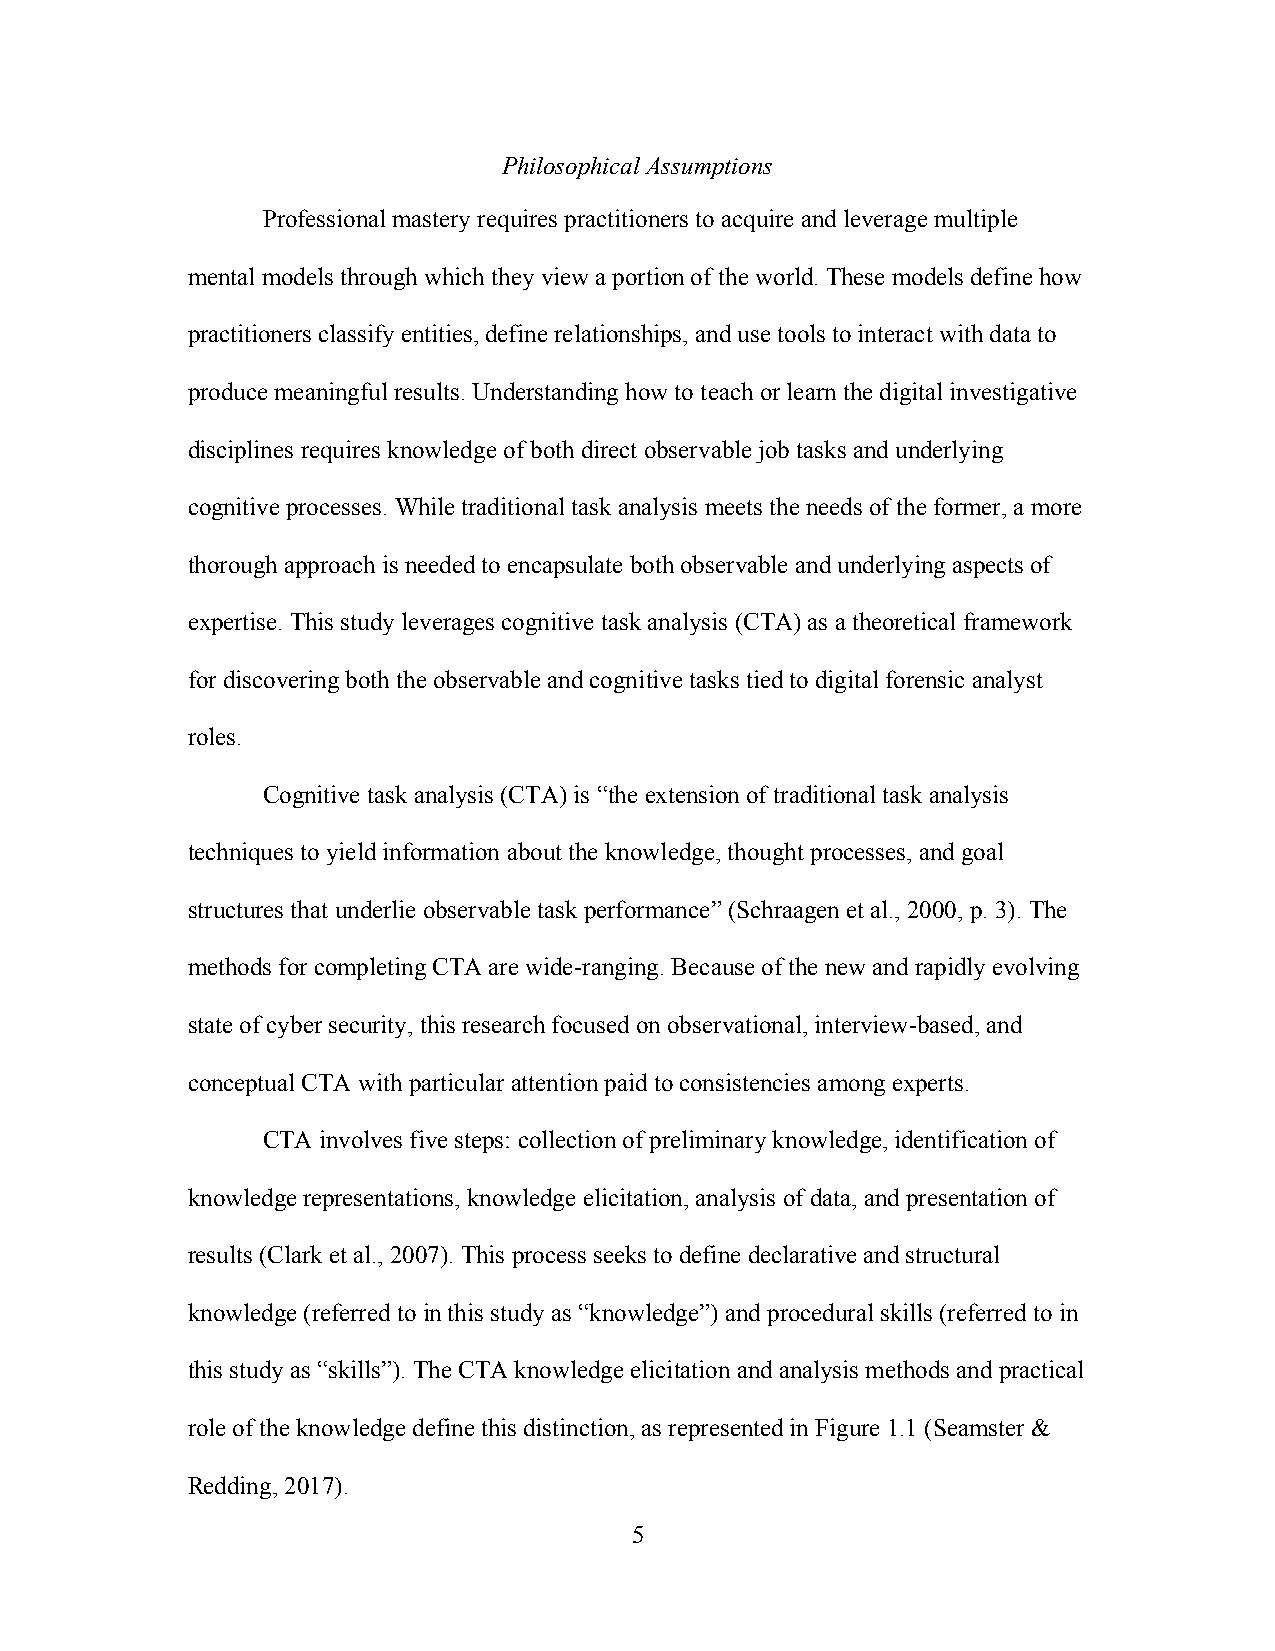
Philosophical Assumptions
 Professional mastery requires practitioners to acquire and leverage multiple
 mental models through which they view a portion of the world. These models define how
 practitioners classify entities, define relationships, and use tools to interact with data to
 produce meaningful results. Understanding how to teach or learn the digital investigative
 disciplines requires knowledge of both direct observable job tasks and underlying
 cognitive processes. While traditional task analysis meets the needs of the former, a more
 thorough approach is needed to encapsulate both observable and underlying aspects of
 expertise. This study leverages cognitive task analysis (CTA) as a theoretical framework
 for discovering both the observable and cognitive tasks tied to digital forensic analyst
 roles.
 Cognitive task analysis (CTA) is “the extension of traditional task analysis
 techniques to yield information about the knowledge, thought processes, and goal
 structures that underlie observable task performance” (Schraagen et al., 2000, p. 3). The
 methods for completing CTA are wide-ranging. Because of the new and rapidly evolving
 state of cyber security, this research focused on observational, interview-based, and
 conceptual CTA with particular attention paid to consistencies among experts.
 CTA involves five steps: collection of preliminary knowledge, identification of
 knowledge representations, knowledge elicitation, analysis of data, and presentation of
 results (Clark et al., 2007). This process seeks to define declarative and structural
 knowledge (referred to in this study as “knowledge”) and procedural skills (referred to in
 this study as “skills”). The CTA knowledge elicitation and analysis methods and practical
 role of the knowledge define this distinction, as represented in Figure 1.1 (Seamster &
 Redding, 2017).
 5